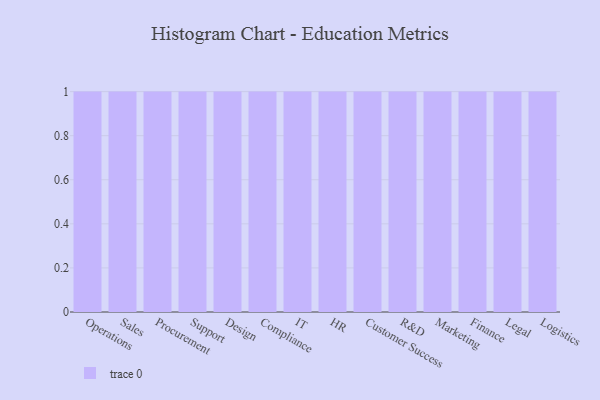
{"axis": {"x": "Department", "y": "Production Output"}, "legend": [""], "data": [{"x": "Operations", "y": 52, "type": ""}, {"x": "Sales", "y": 94, "type": ""}, {"x": "Procurement", "y": 27, "type": ""}, {"x": "Support", "y": 54, "type": ""}, {"x": "Design", "y": 11, "type": ""}, {"x": "Compliance", "y": 17, "type": ""}, {"x": "IT", "y": 47, "type": ""}, {"x": "HR", "y": 92, "type": ""}, {"x": "Customer Success", "y": 44, "type": ""}, {"x": "R&D", "y": 34, "type": ""}, {"x": "Marketing", "y": 69, "type": ""}, {"x": "Finance", "y": 73, "type": ""}, {"x": "Legal", "y": 94, "type": ""}, {"x": "Logistics", "y": 88, "type": ""}]}